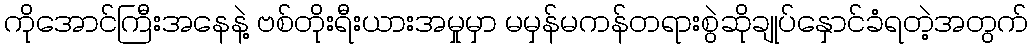
ကိုအောင်ကြီးအနေနဲ့ ဗစ်တိုးရီးယားအမှုမှာ မမှန်မကန်တရားစွဲဆိုချုပ်နှောင်ခံရတဲ့အတွက်